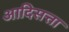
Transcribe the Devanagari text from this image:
आदिसत्ता